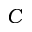
C